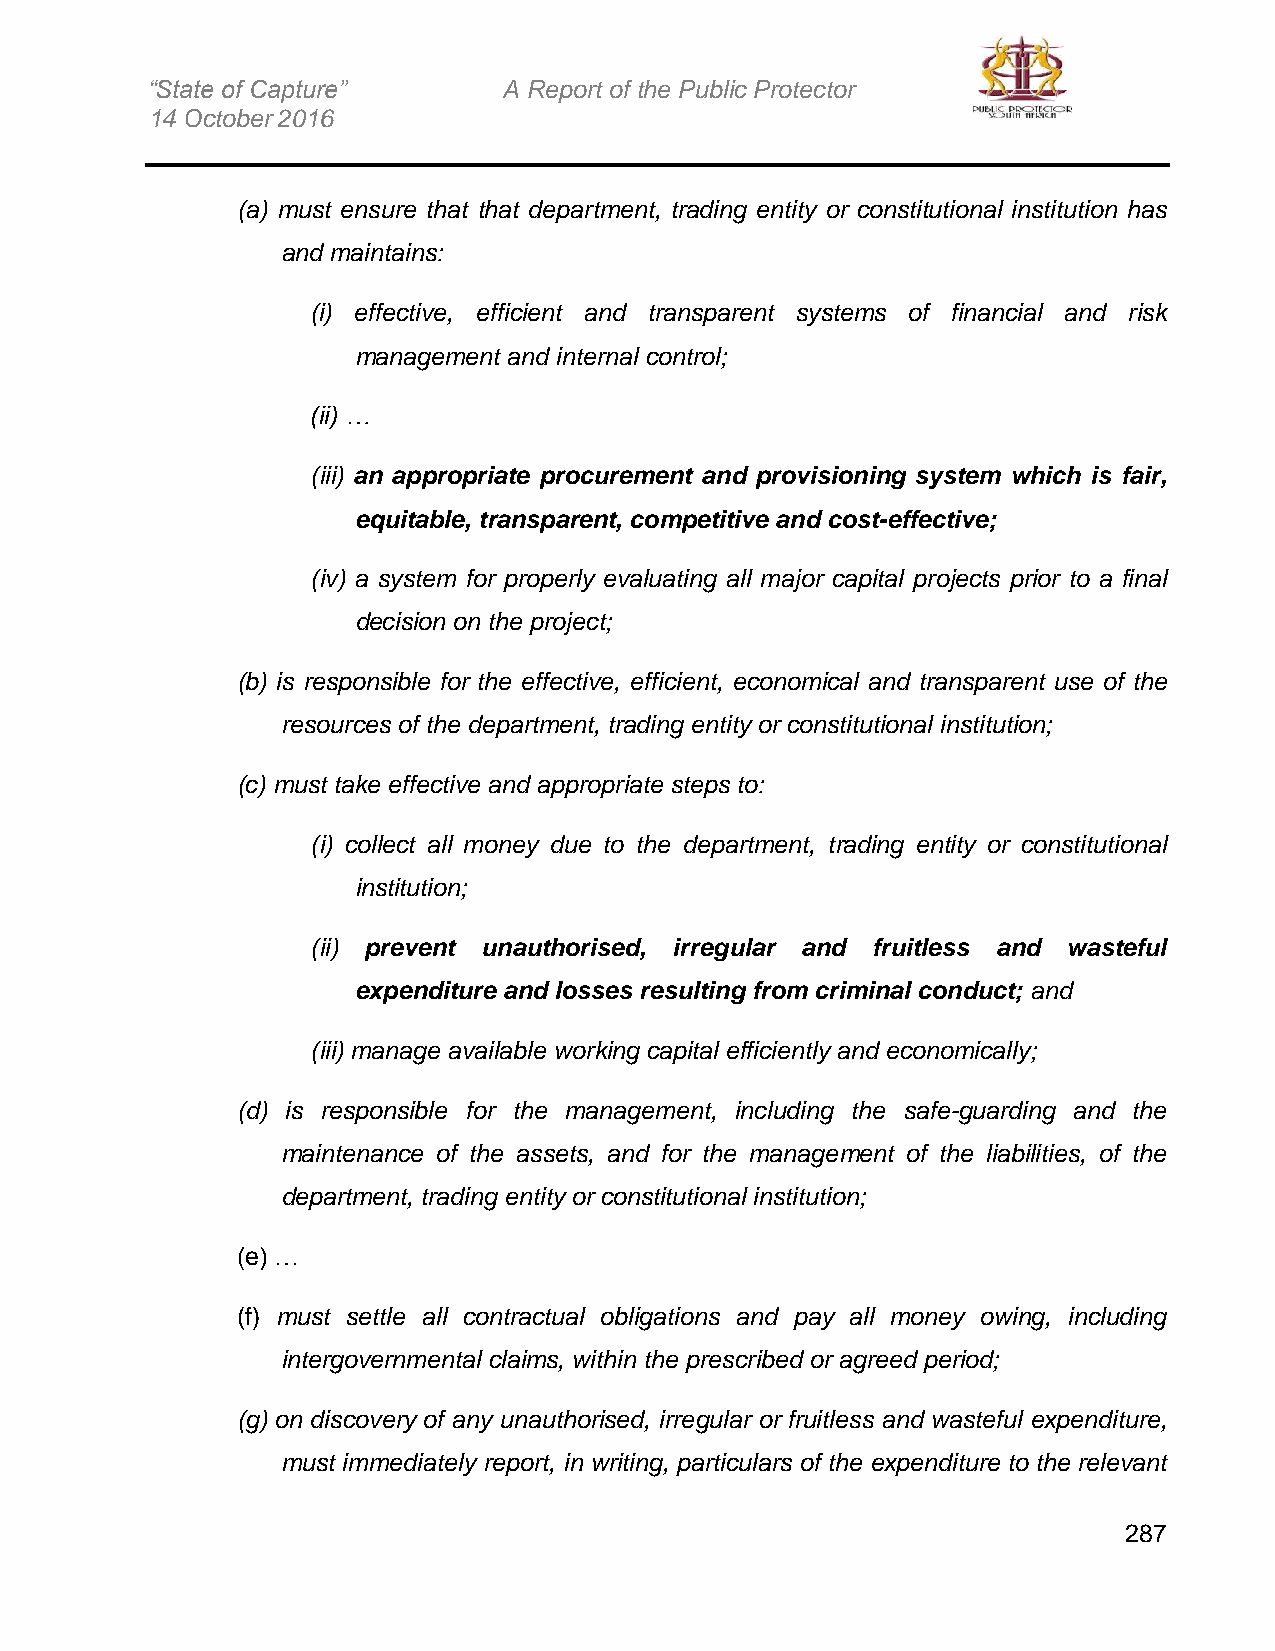
“State of Capture”     A Report of the Public Protector
 14 October 2016
 (a) must ensure that that department, trading entity or constitutional institution has
 and maintains:
 (i) effective, efficient and transparent systems of financial and risk
 management and internal control;
 (ii) …
 (iii) an appropriate procurement and provisioning system which is fair,
 equitable, transparent, competitive and cost-effective;
 (iv) a system for properly evaluating all major capital projects prior to a final
 decision on the project;
 (b) is responsible for the effective, efficient, economical and transparent use of the
 resources of the department, trading entity or constitutional institution;
 (c) must take effective and appropriate steps to:
 (i) collect all money due to the department, trading entity or constitutional
 institution;
 (ii) prevent unauthorised, irregular and fruitless and wasteful
 expenditure and losses resulting from criminal conduct; and
 (iii) manage available working capital efficiently and economically;
 (d) is responsible for the management, including the safe-guarding and the
 maintenance of the assets, and for the management of the liabilities, of the
 department, trading entity or constitutional institution;
 (e) …
 (f) must settle all contractual obligations and pay all money owing, including
 intergovernmental claims, within the prescribed or agreed period;
 (g) on discovery of any unauthorised, irregular or fruitless and wasteful expenditure,
 must immediately report, in writing, particulars of the expenditure to the relevant
 287